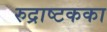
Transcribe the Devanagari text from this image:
रुद्राष्टकका